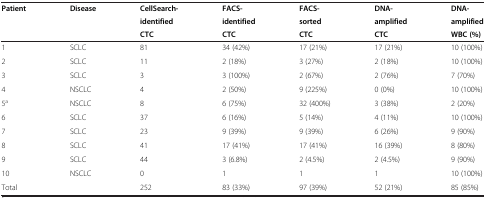
<table><thead><tr><td rowspan="3"><b>Patient</b></td><td rowspan="3"><b>Disease</b></td><td><b>CellSearch-</b></td><td><b>FACS-</b></td><td><b>FACS-</b></td><td><b>DNA-</b></td><td><b>DNA-</b></td></tr><tr><td><b>identified</b></td><td><b>identified</b></td><td><b>sorted</b></td><td><b>amplified</b></td><td><b>amplified</b></td></tr><tr><td><b>CTC</b></td><td><b>CTC</b></td><td><b>CTC</b></td><td><b>CTC</b></td><td><b>WBC (%)</b></td></tr></thead><tbody><tr><td>1</td><td>SCLC</td><td>81</td><td>34 (42%)</td><td>17 (21%)</td><td>17 (21%)</td><td>10 (100%)</td></tr><tr><td>2</td><td>SCLC</td><td>11</td><td>2 (18%)</td><td>3 (27%)</td><td>2 (18%)</td><td>10 (100%)</td></tr><tr><td>3</td><td>SCLC</td><td>3</td><td>3 (100%)</td><td>2 (67%)</td><td>2 (76%)</td><td>7 (70%)</td></tr><tr><td>4</td><td>NSCLC</td><td>4</td><td>2 (50%)</td><td>9 (225%)</td><td>0 (0%)</td><td>10 (100%)</td></tr><tr><td>5<sup>a</sup></td><td>NSCLC</td><td>8</td><td>6 (75%)</td><td>32 (400%)</td><td>3 (38%)</td><td>2 (20%)</td></tr><tr><td>6</td><td>SCLC</td><td>37</td><td>6 (16%)</td><td>5 (14%)</td><td>4 (11%)</td><td>10 (100%)</td></tr><tr><td>7</td><td>SCLC</td><td>23</td><td>9 (39%)</td><td>9 (39%)</td><td>6 (26%)</td><td>9 (90%)</td></tr><tr><td>8</td><td>SCLC</td><td>41</td><td>17 (41%)</td><td>17 (41%)</td><td>16 (39%)</td><td>8 (80%)</td></tr><tr><td>9</td><td>SCLC</td><td>44</td><td>3 (6.8%)</td><td>2 (4.5%)</td><td>2 (4.5%)</td><td>9 (90%)</td></tr><tr><td>10</td><td>NSCLC</td><td>0</td><td>1</td><td>1</td><td>1</td><td>10 (100%)</td></tr><tr><td>Total</td><td> </td><td>252</td><td>83 (33%)</td><td>97 (39%)</td><td>52 (21%)</td><td>85 (85%)</td></tr></tbody></table>